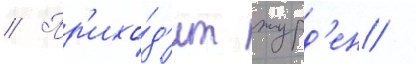
// Пр'ихо́д'ит журд'ен /